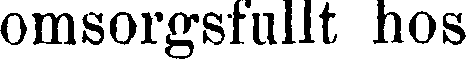
omsorgsfullt hos